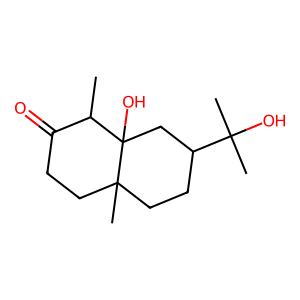
SMILES: CC1C(=O)CCC2(C)CCC(C(C)(C)O)CC12O
Inhibits HIV replication: No